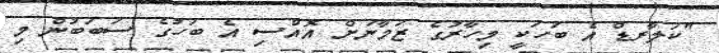
"ކަލާރޑް އެ ބަހަކީ މިހާރުގެ ޒަމާނަށް އޮއްސި އެ ބަހުގެ ސަބަބުން މި